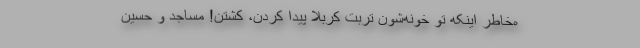
ه‌خاطر اینکه تو خونه‌شون تربت کربلا پیدا کردن، کشتن! مساجد و حسین